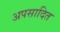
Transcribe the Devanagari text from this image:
अपसादित